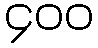
၄၀၀